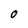
Character: 0